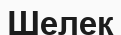
Шелек